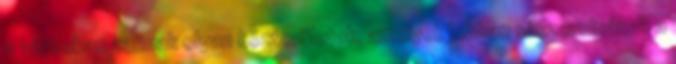
a városban vannak olyan közterületek, amelyek jobban rászorulnának a